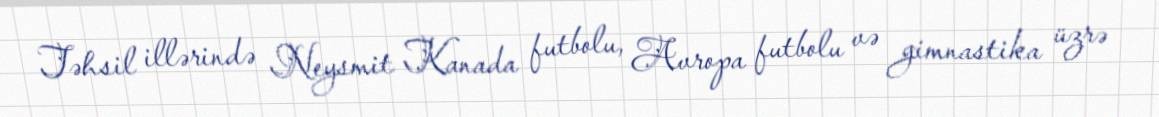
Təhsil illərində Neysmit Kanada futbolu, Avropa futbolu və gimnastika üzrə